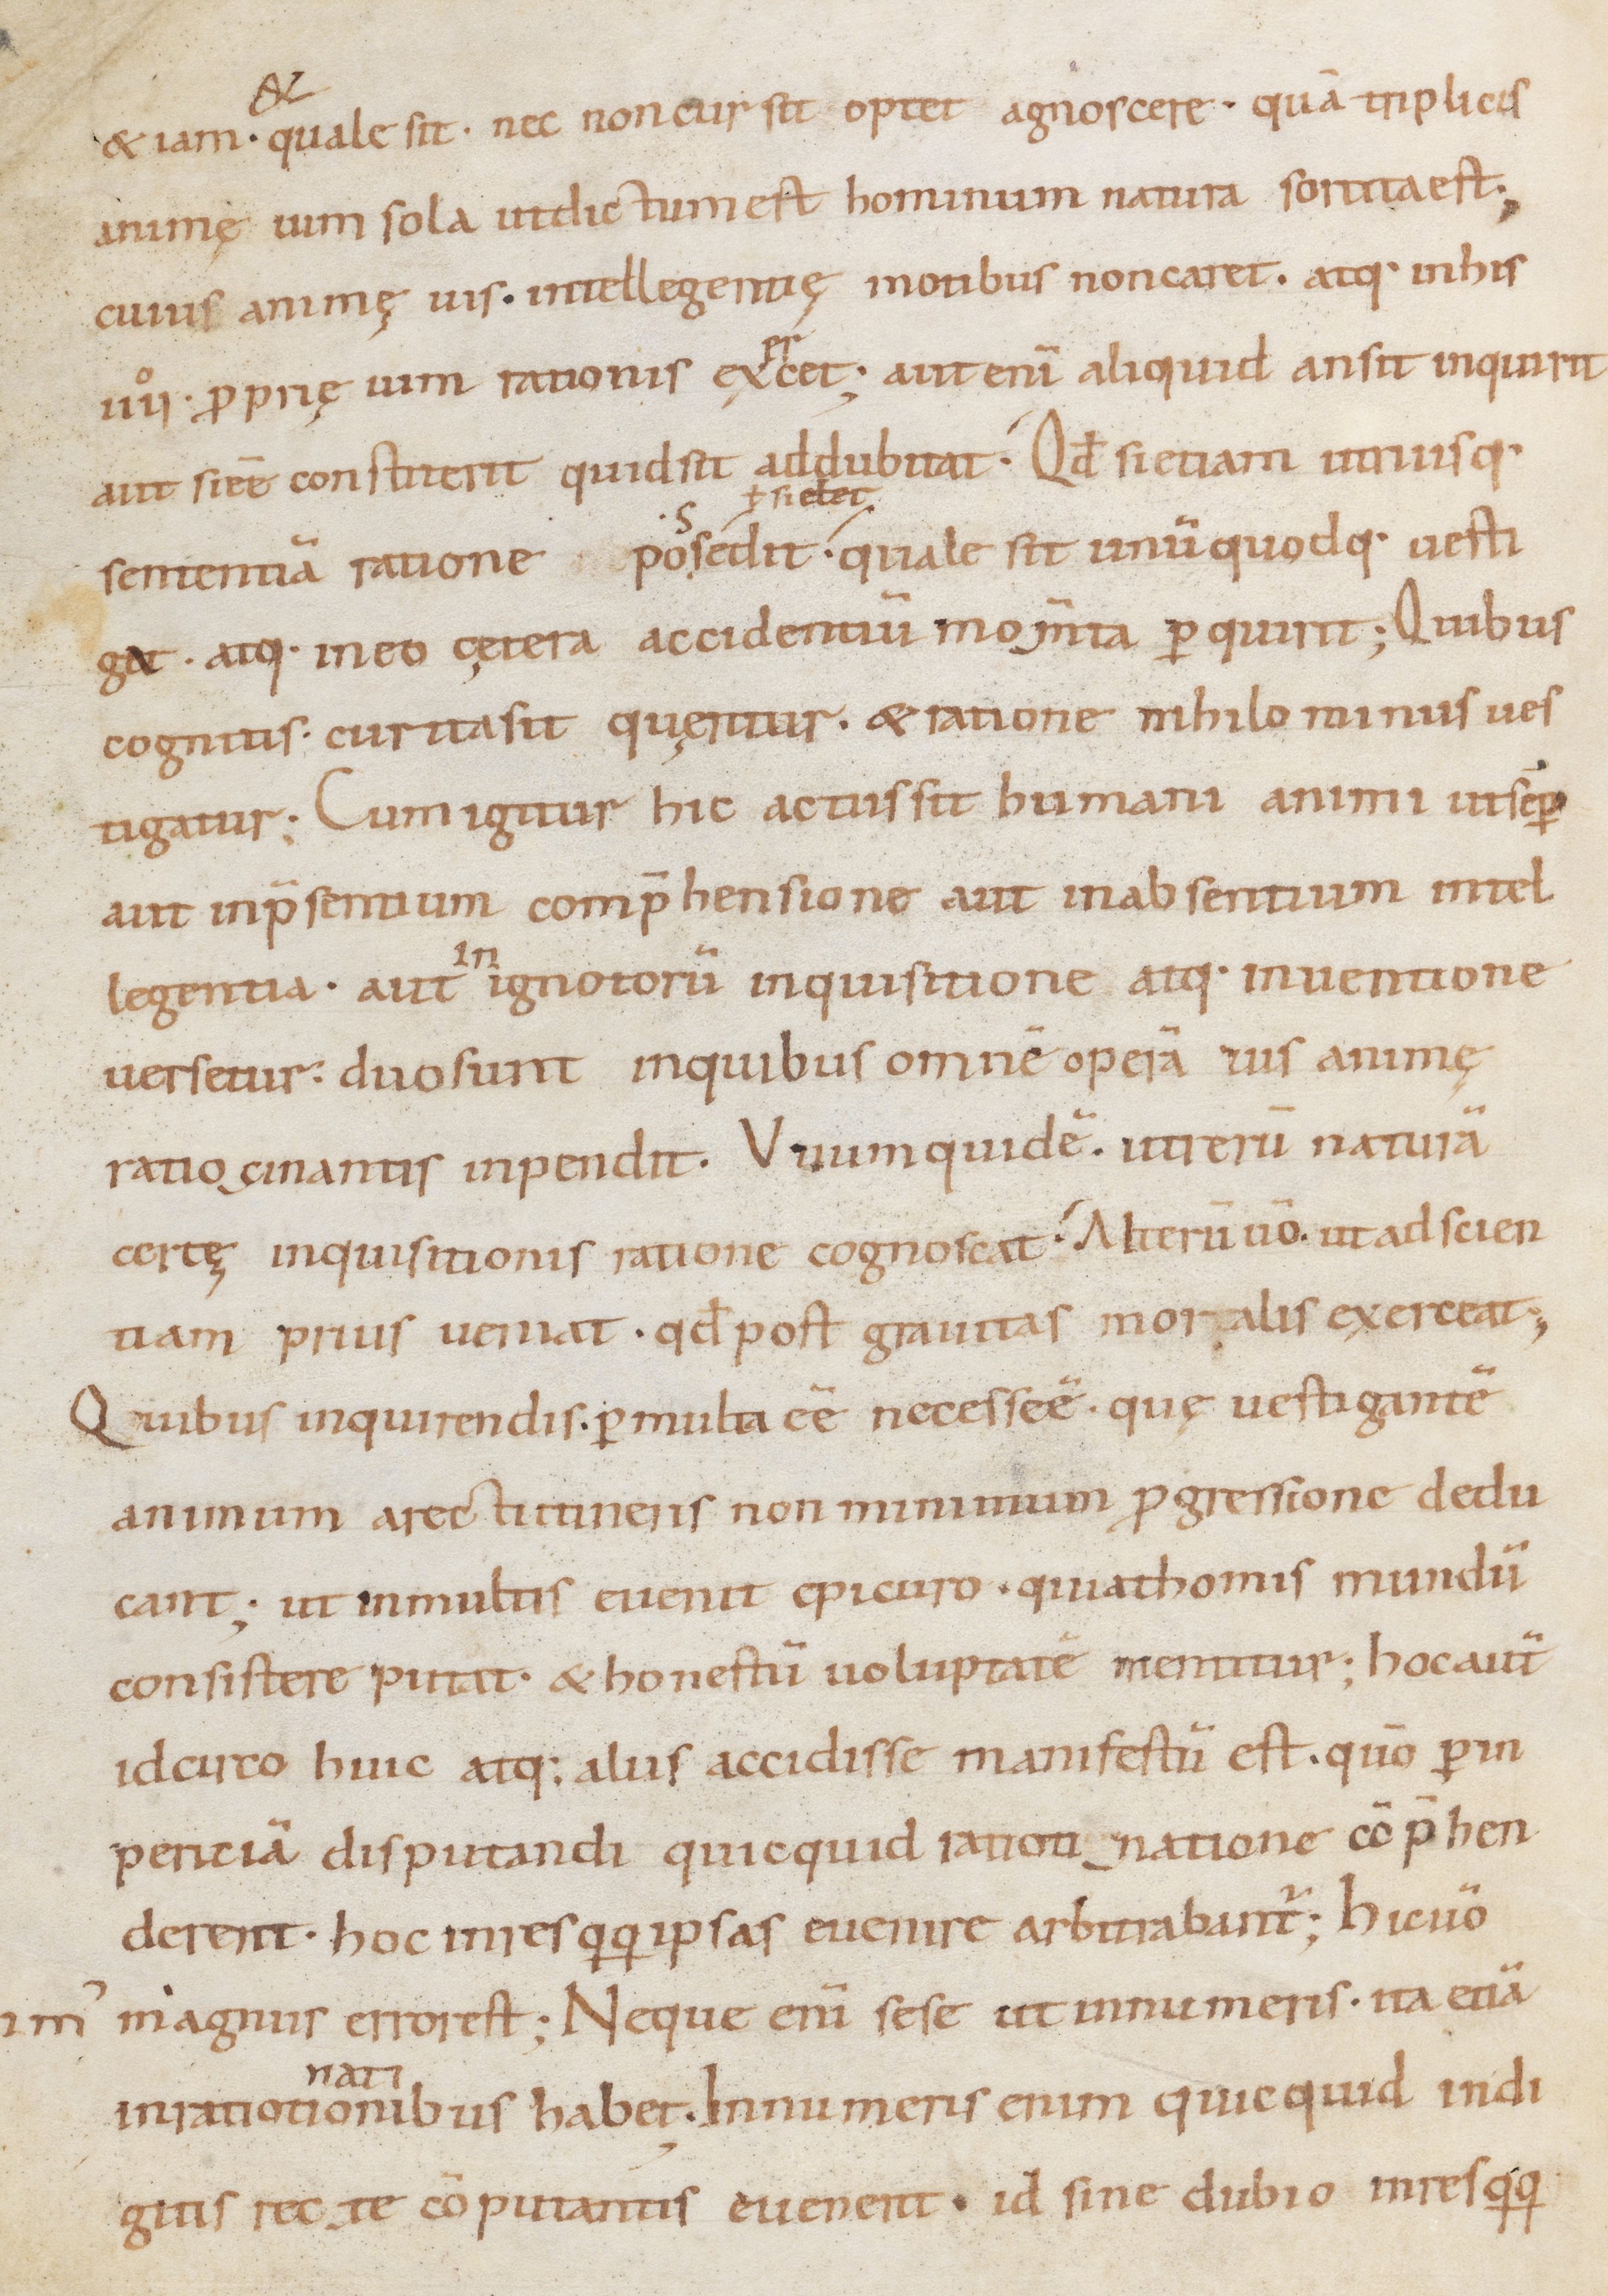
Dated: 900–999